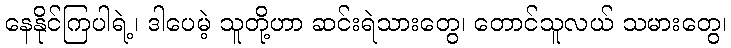
နေနိုင်ကြပါရဲ့၊ ဒါပေမဲ့ သူတို့ဟာ ဆင်းရဲသားတွေ၊ တောင်သူလယ် သမားတွေ၊